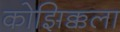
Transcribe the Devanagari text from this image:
कोझिक्कला